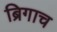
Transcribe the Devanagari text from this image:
ब्रिगाच